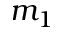
m _ { 1 }